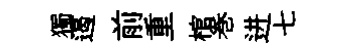
獨遏前重棺巻进七